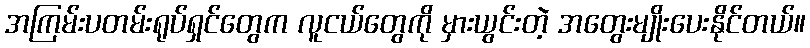
အကြမ်းပတမ်းရုပ်ရှင်တွေက လူငယ်တွေကို မှားယွင်းတဲ့ အတွေးမျိုးပေးနိုင်တယ်။